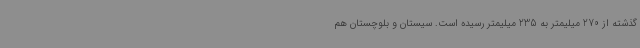
گذشته از 270 میلیمتر به 235 میلیمتر رسیده است. سیستان و بلوچستان هم